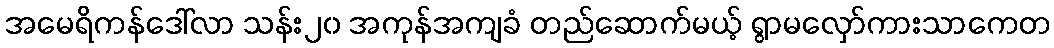
အမေရိကန်ဒေါ်လာ သန်း၂၀ အကုန်အကျခံ တည်ဆောက်မယ့် ရွာမလှော်ကားသာကေတ